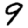
Digit: 9